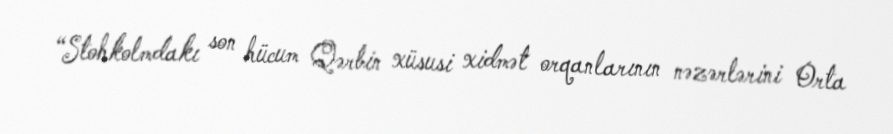
“Stohkolmdakı son hücum Qərbin xüsusi xidmət orqanlarının nəzərlərini Orta